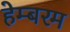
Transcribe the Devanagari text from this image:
हेम्बरम